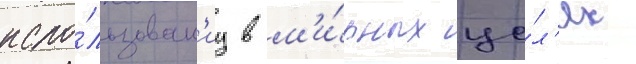
испо́льзован'иу в м'и́рных це́л'ях